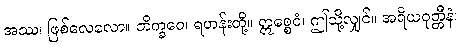
အဿ၊ ဖြစ်လေလော။ ဘိက္ခဝေ၊ ရဟန်းတို့။ ဣစ္စေဝံ၊ ဤသို့လျှင်။ အရိယဝုတ္တီနံ၊